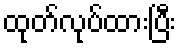
ထုတ်လုပ်ထားပြီး